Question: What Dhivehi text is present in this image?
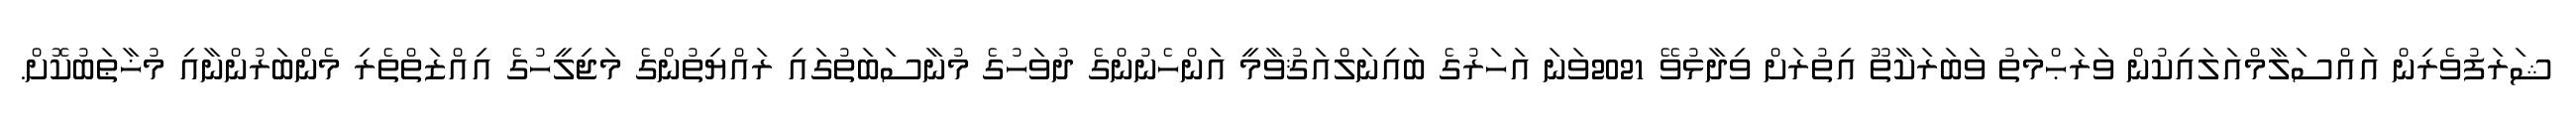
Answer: ޝަރަފުވެރިން އައްސަލާމްއަލައިކުން ވަރަޙްމަތު ވަބަރަކާތޫ އިތުރަށް ވިދާޅުވޭ 2021ވަނަ އަހަރުގެ ބައިނަލްއަޤުވާމީ އަންހެނުންގެ ދުވަހުގެ މުނާސަބަތުގައި ރައްޔިތުންގެ މަޖިލީހުގެ އިއްޒަތްތެރި މެންބަރުންނާއި މުޚާޠަބުކޮށް.